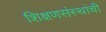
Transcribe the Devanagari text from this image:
शिक्षणसंस्थांची